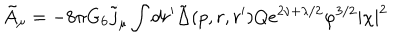
\tilde { A } _ { \mu } = - 8 \pi G _ { 6 } \tilde { j } _ { \mu } \int d r ^ { \prime } \tilde { \Delta } ( p , r , r ^ { \prime } ) Q e ^ { 2 \nu + \lambda / 2 } \varphi ^ { 3 / 2 } | \chi | ^ { 2 }